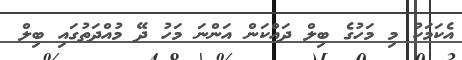
އެކަމަކު މި މަހުގެ ބިލް ދައްކަން އަންނަ މަހު ދޭ މުއްދަތުގައި ބިލް